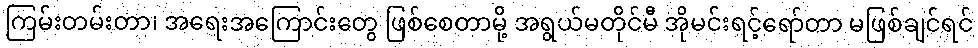
ကြမ်းတမ်းတာ၊ အရေးအကြောင်းတွေ ဖြစ်စေတာမို့ အရွယ်မတိုင်မီ အိုမင်းရင့်ရော်တာ မဖြစ်ချင်ရင်